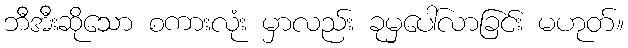
ဘီအီးဆိုသော စကားလုံး မှာလည်း ခုမှပေါ်လာခြင်း မဟုတ်။